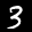
Label: 3